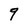
Character: 9